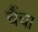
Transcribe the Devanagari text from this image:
चैंचा